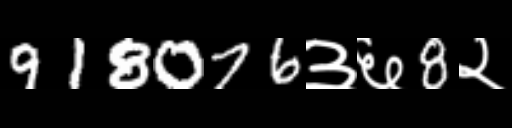
Text: 918076३६8२